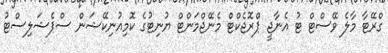
ގްރޭޓާ މާލެ ވޭސްޓް ޓު އެނާޖީ ޕްރޮޖެކްޓް މެނޭޖްމަންޓް ޔުނިޓުގެ ކޮމިއުނިކޭޝަން ސްޕެޝަލިސްޓު